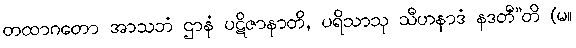
တထာဂတော အာသဘံ ဌာနံ ပဋိဇာနာတိ, ပရိသာသု သီဟနာဒံ နဒတီ”တိ (မ။